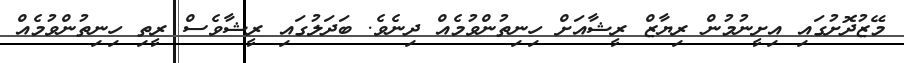
މޭޒުދޮށުގައި އިށީނުމުން ރިޔާޒް ރީޝާއަށް ހިނިތުންވުމެއް ދިނެވެ. ބަދަލުގައި ރީޝާވެސް ރީތި ހިނިތުންވުމެއް